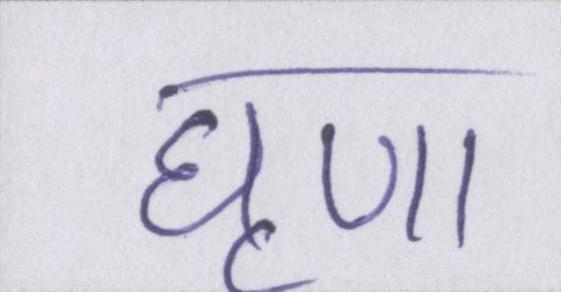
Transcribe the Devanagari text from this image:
घृणा